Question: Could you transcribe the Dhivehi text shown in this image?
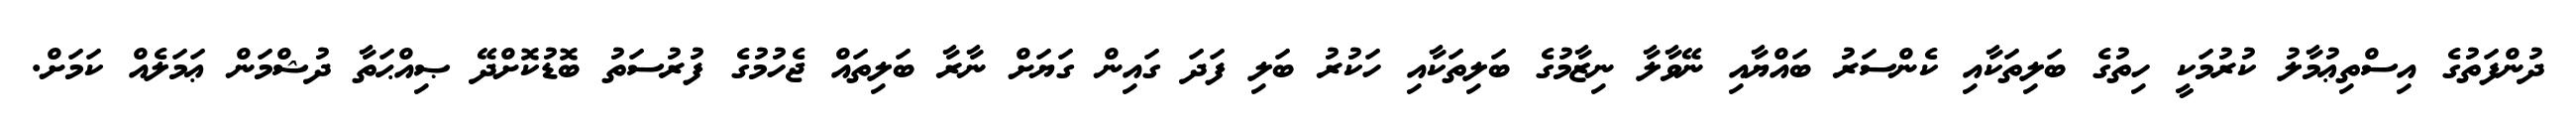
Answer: ދުންފަތުގެ އިސްތިޢުމާލު ކުރުމަކީ ހިތުގެ ބަލިތަކާއި ކެންސަރު ބައްޔާއި ނޭވާލާ ނިޒާމުގެ ބަލިތަކާއި ހަކުރު ބަލި ފަދަ ގައިން ގަޔަށް ނާރާ ބަލިތައް ޖެހުމުގެ ފުރުސަތު ބޮޑުކޮށްދޭ ޞިއްޙަތާ ދުޝްމަން ޢަމަލެއް ކަމަށް.